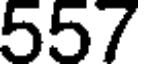
557